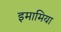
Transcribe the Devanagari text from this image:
इमामिया